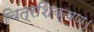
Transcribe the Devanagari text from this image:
चित्रशिक्षण।